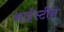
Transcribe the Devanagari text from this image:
आईस्टीन